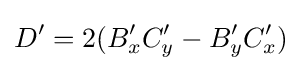
D'=2(B'_{x}C'_{y}-B'_{y}C'_{x})